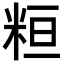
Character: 𥹚